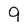
Character: 9